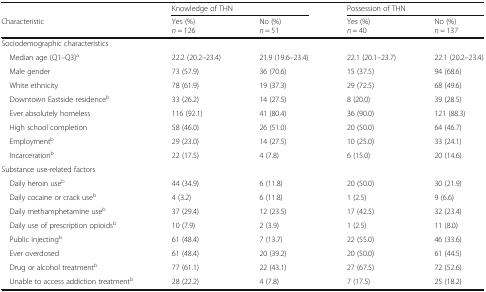
<table><thead><tr><td></td><td colspan="2"><b>Knowledge of THN</b></td><td colspan="2"><b>Possession of THN</b></td></tr><tr><td><b>Characteristic</b></td><td><b>Yes (%)<i>n</i> = 126</b></td><td><b>No (%)<i>n</i> = 51</b></td><td><b>Yes (%)<i>n</i> = 40</b></td><td><b>No (%)<i>n</i> = 137</b></td></tr></thead><tbody><tr><td colspan="5">Sociodemographic characteristics</td></tr><tr><td> Median age (Q1–Q3)<sup>a</sup></td><td>22.2 (20.2–23.4)</td><td>21.9 (19.6–23.4)</td><td>22.1 (20.1–23.7)</td><td>22.1 (20.2–23.4)</td></tr><tr><td> Male gender</td><td>73 (57.9)</td><td>36 (70.6)</td><td>15 (37.5)</td><td>94 (68.6)</td></tr><tr><td> White ethnicity</td><td>78 (61.9)</td><td>19 (37.3)</td><td>29 (72.5)</td><td>68 (49.6)</td></tr><tr><td> Downtown Eastside residence<sup>b</sup></td><td>33 (26.2)</td><td>14 (27.5)</td><td>8 (20.0)</td><td>39 (28.5)</td></tr><tr><td> Ever absolutely homeless</td><td>116 (92.1)</td><td>41 (80.4)</td><td>36 (90.0)</td><td>121 (88.3)</td></tr><tr><td> High school completion</td><td>58 (46.0)</td><td>26 (51.0)</td><td>20 (50.0)</td><td>64 (46.7)</td></tr><tr><td> Employment<sup>b</sup></td><td>29 (23.0)</td><td>14 (27.5)</td><td>10 (25.0)</td><td>33 (24.1)</td></tr><tr><td> Incarceration<sup>b</sup></td><td>22 (17.5)</td><td>4 (7.8)</td><td>6 (15.0)</td><td>20 (14.6)</td></tr><tr><td colspan="5">Substance use-related factors</td></tr><tr><td> Daily heroin use<sup>b</sup></td><td>44 (34.9)</td><td>6 (11.8)</td><td>20 (50.0)</td><td>30 (21.9)</td></tr><tr><td> Daily cocaine or crack use<sup>b</sup></td><td>4 (3.2)</td><td>6 (11.8)</td><td>1 (2.5)</td><td>9 (6.6)</td></tr><tr><td> Daily methamphetamine use<sup>b</sup></td><td>37 (29.4)</td><td>12 (23.5)</td><td>17 (42.5)</td><td>32 (23.4)</td></tr><tr><td> Daily use of prescription opioids<sup>b</sup></td><td>10 (7.9)</td><td>2 (3.9)</td><td>1 (2.5)</td><td>11 (8.0)</td></tr><tr><td> Public injecting<sup>b</sup></td><td>61 (48.4)</td><td>7 (13.7)</td><td>22 (55.0)</td><td>46 (33.6)</td></tr><tr><td> Ever overdosed</td><td>61 (48.4)</td><td>20 (39.2)</td><td>20 (50.0)</td><td>61 (44.5)</td></tr><tr><td> Drug or alcohol treatment<sup>b</sup></td><td>77 (61.1)</td><td>22 (43.1)</td><td>27 (67.5)</td><td>72 (52.6)</td></tr><tr><td> Unable to access addiction treatment<sup>b</sup></td><td>28 (22.2)</td><td>4 (7.8)</td><td>7 (17.5)</td><td>25 (18.2)</td></tr></tbody></table>